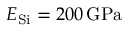
E _ { \mathrm { S i } } = 2 0 0 \, \mathrm { G P a }